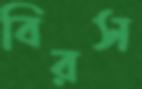
বিরস